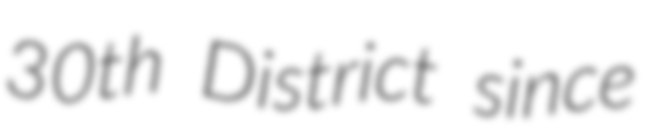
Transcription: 30th District since